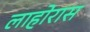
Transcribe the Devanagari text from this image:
लाहोरास